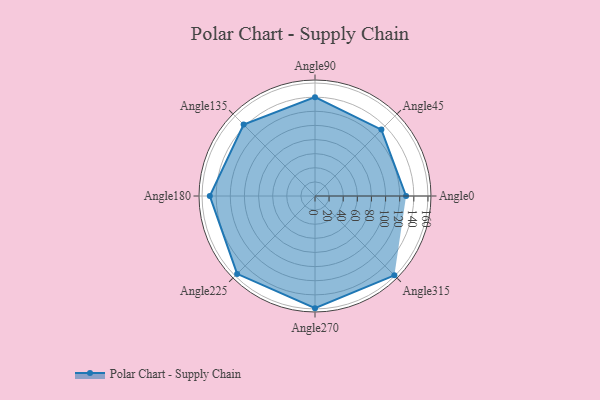
{"axis": {"x": "Angle", "y": "Radius"}, "legend": [""], "data": [{"x": "Angle0", "y": 129.0, "type": ""}, {"x": "Angle45", "y": 133.0, "type": ""}, {"x": "Angle90", "y": 140.0, "type": ""}, {"x": "Angle135", "y": 143.0, "type": ""}, {"x": "Angle180", "y": 149.0, "type": ""}, {"x": "Angle225", "y": 156.0, "type": ""}, {"x": "Angle270", "y": 159.0, "type": ""}, {"x": "Angle315", "y": 159.0, "type": ""}]}